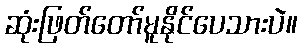
ဆုံးဖြတ်တော်မူနိုင်ပေသားပဲ။